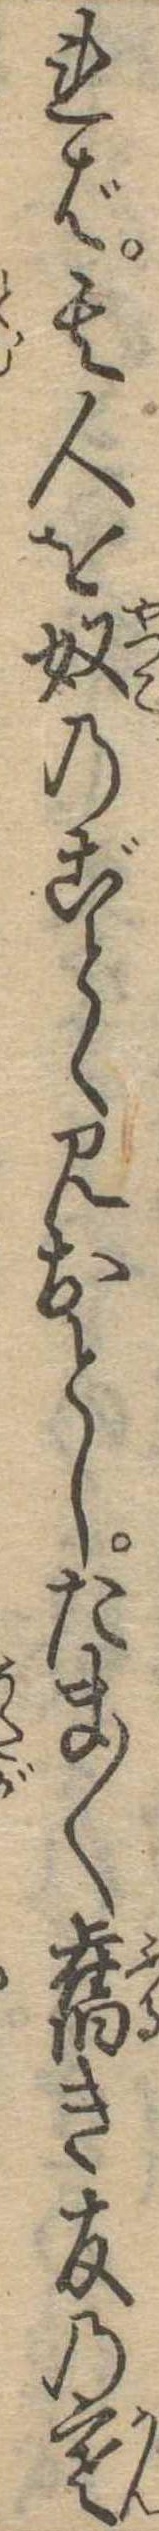
れば其人を奴のごとく見おとしたま〱旧き友の寒